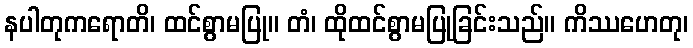
နပါတုကရောတိ၊ ထင်စွာမပြု။ တံ၊ ထိုထင်စွာမပြုခြင်းသည်။ ကိဿဟေတု၊